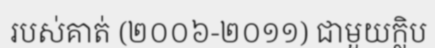
របស់គាត់ (២០០៦-២០១១) ជាមួយក្លិប